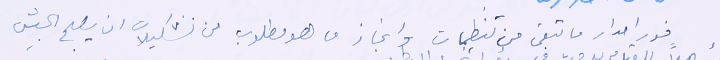
فور اصدار ما تبقى من تنظيمات وانجاز ما هو مطلوب من تشكيلات ان يصبح الجيش